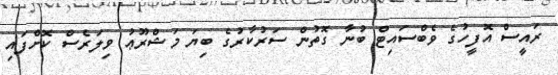
ރައީސް އޮފީހުގެ ވެބްސައިޓް ބުނާ ގޮތުން ސަރުކާރުގެ ބިޔަ މަޝްރޫޢު ވިލަރެސް ކޮށްފައި